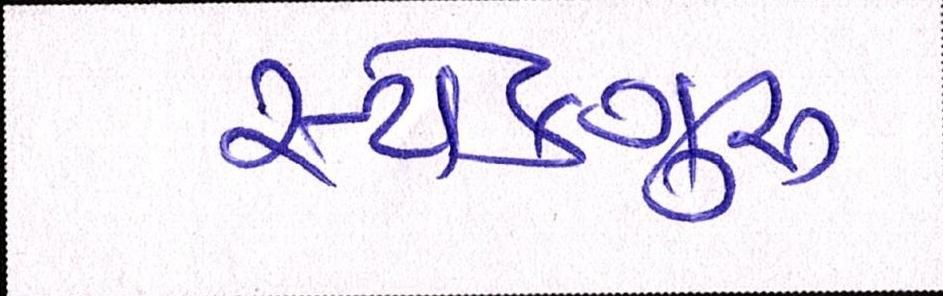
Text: સ્ટોકગુરૃ